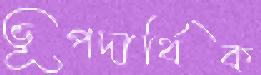
ভূপদার্থিক